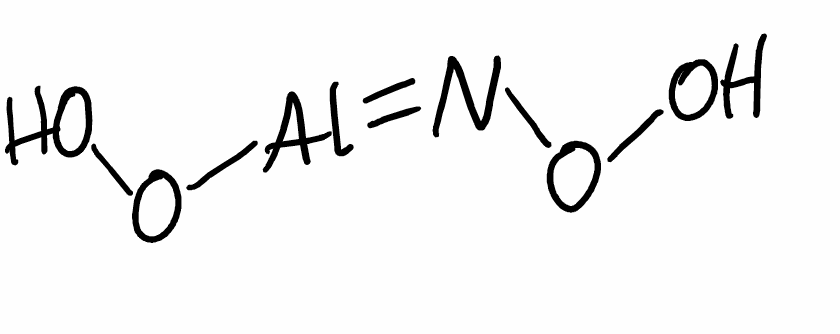
Simplified molecular-input line-entry system (SMILES) notation of the given molecule:
N(=[Al]OO)OO